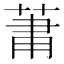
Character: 𮏒